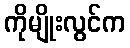
ကိုမျိုးလွင်က